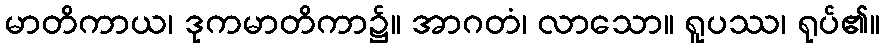
မာတိကာယ၊ ဒုကမာတိကာ၌။ အာဂတံ၊ လာသော။ ရူပဿ၊ ရုပ်၏။